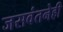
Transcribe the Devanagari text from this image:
जसवंतनेही